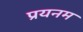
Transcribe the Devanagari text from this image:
प्रयनम